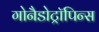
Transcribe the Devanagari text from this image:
गोनैडोट्रॉपिन्स